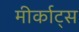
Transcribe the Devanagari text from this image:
मीर्काट्स